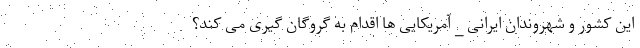
این کشور و شهروندان ایرانی _ آمریکایی ها اقدام به گروگان گیری می کند؟